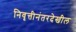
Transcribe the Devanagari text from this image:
निवृत्तीनंतरदेखील